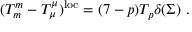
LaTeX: ( T _ { m } ^ { m } - T _ { \mu } ^ { \mu } ) ^ { \mathrm { l o c } } = ( 7 - p ) T _ { p } \delta ( \Sigma ) \ .